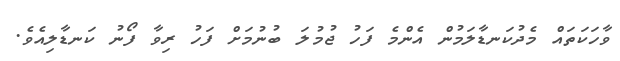
ވާހަކަތައް މެދުކަނޑާލަމުން އެންމެ ފަހު ޖުމުލަ ބުނުމަށް ފަހު ރިވާ ފޯނު ކަނޑާލިއެވެ.